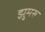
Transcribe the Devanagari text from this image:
झुमरु